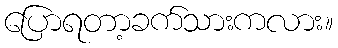
ပြောရတာ့ခက်သားကလား။